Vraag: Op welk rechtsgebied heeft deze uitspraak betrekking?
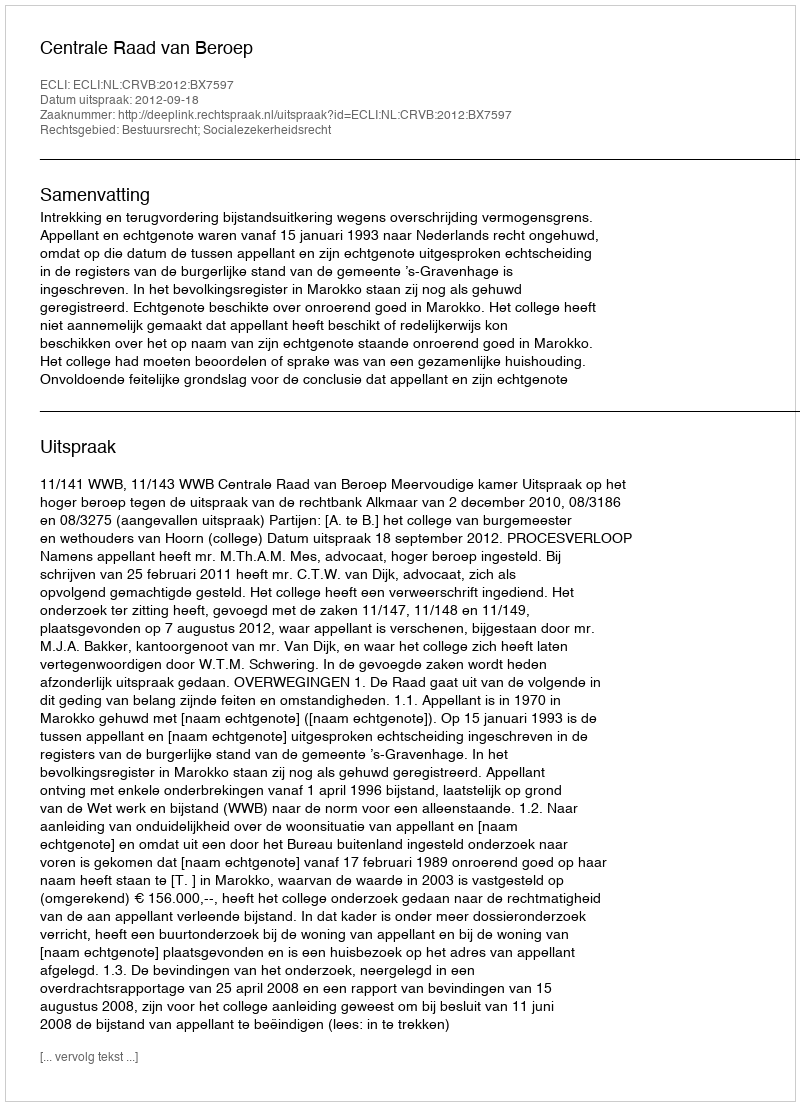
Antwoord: Bestuursrecht; Socialezekerheidsrecht